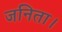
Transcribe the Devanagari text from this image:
जनिता।